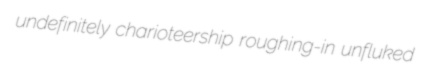
undefinitely charioteership roughing-in unfluked